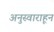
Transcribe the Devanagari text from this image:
अनुस्वाराहून